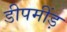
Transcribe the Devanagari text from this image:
डीपमींड़